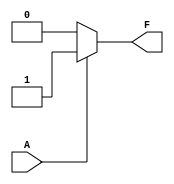
module single_variable_kmap (
    input wire A,          // Input variable
    output wire F         // Output variable
);

// Parameters to define the output values for F(0) and F(1)
parameter F0 = 0; // Output when A = 0
parameter F1 = 1; // Output when A = 1

// Combinational logic to determine output F based on input A
assign F = (A == 1) ? F1 : F0;

endmodule